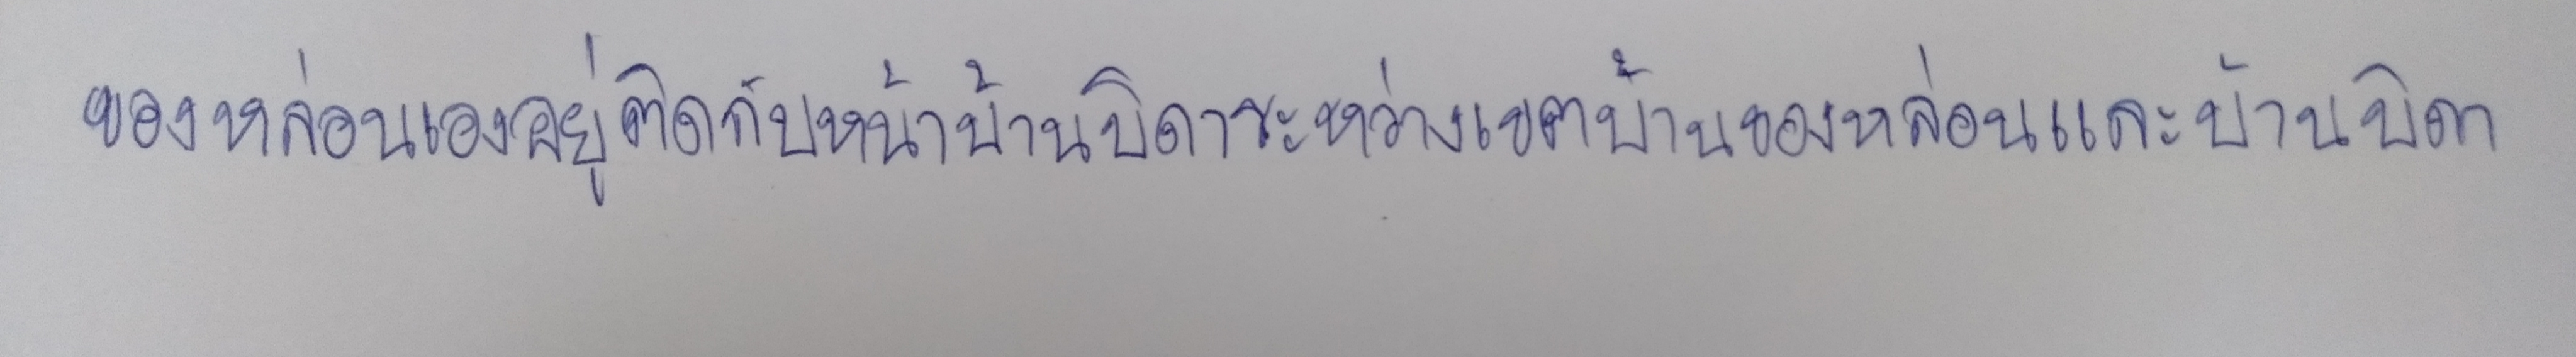
ของหล่อนเองอยู่ติดกับหน้าบ้านบิดาระหว่างเขตบ้านของหล่อนและบ้านบิดา